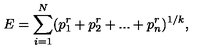
E = \sum _ { i = 1 } ^ { N } ( p _ { 1 } ^ { r } + p _ { 2 } ^ { r } + . . . + p _ { n } ^ { r } ) ^ { 1 / k } ,